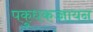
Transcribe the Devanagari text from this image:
पकुधकच्चायन